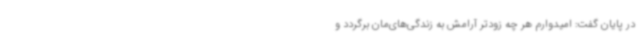
در پایان گفت: امیدوارم هر چه زودتر آرامش به زندگی‌های‌مان برگردد و